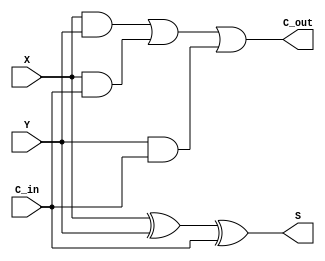
`timescale 1ns / 1ps
//////////////////////////////////////////////////////////////////////////////////
// Company: 
// Engineer: 
// 
// Design Name: 
// Module Name: full_adder
// Project Name: 
// Target Devices: 
// Tool Versions: 
// Description: 
// 
// Dependencies: 
// 
// Revision:
// Revision 0.01 - File Created
// Additional Comments:
// 
//////////////////////////////////////////////////////////////////////////////////
module full_adder(X,Y,C_in,S,C_out);
    input X,Y,C_in;
    wire S1,C1,C2,C3;
    output S,C_out;
    xor Gate1(S1,X,Y);
    and Gate2(C1,X,Y);
    and Gate3(C2,X,C_in);
    and Gate4(C3,Y,C_in);
    xor Gate5(S,S1,C_in);
    or Gate6(C_out,C1,C2,C3);
endmodule